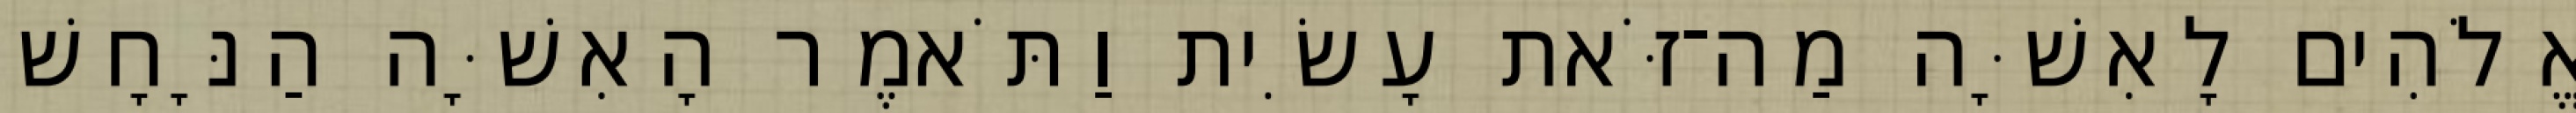
אֱלֹהִים לָאִשָּׁה מַה־זֹּאת עָשִׂית וַתֹּאמֶר הָאִשָּׁה הַנָּחָשׁ